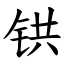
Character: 𫟹